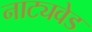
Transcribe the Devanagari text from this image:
नाट्यवेड